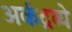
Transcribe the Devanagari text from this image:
अर्कद्रव्ये